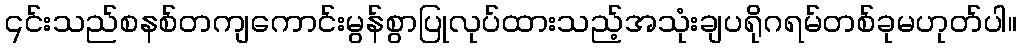
၎င်းသည်စနစ်တကျကောင်းမွန်စွာပြုလုပ်ထားသည့်အသုံးချပရိုဂရမ်တစ်ခုမဟုတ်ပါ။